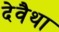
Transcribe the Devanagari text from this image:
देवैथा